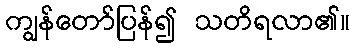
ကျွန်တော်ပြန်၍ သတိရလာ၏။